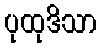
ပုထုဒိသာ